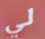
لي